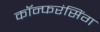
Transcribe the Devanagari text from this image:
कॉन्फरंसिंग